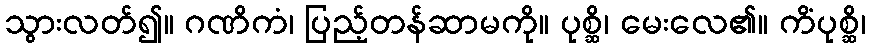
သွားလတ်၍။ ဂဏိကံ၊ ပြည့်တန်ဆာမကို။ ပုစ္ဆိ၊ မေးလေ၏။ ကိံပုစ္ဆိ၊